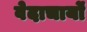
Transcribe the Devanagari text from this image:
वेदाचार्यों